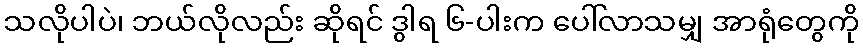
သလိုပါပဲ၊ ဘယ်လိုလည်း ဆိုရင် ဒွါရ ၆-ပါးက ပေါ်လာသမျှ အာရုံတွေကို